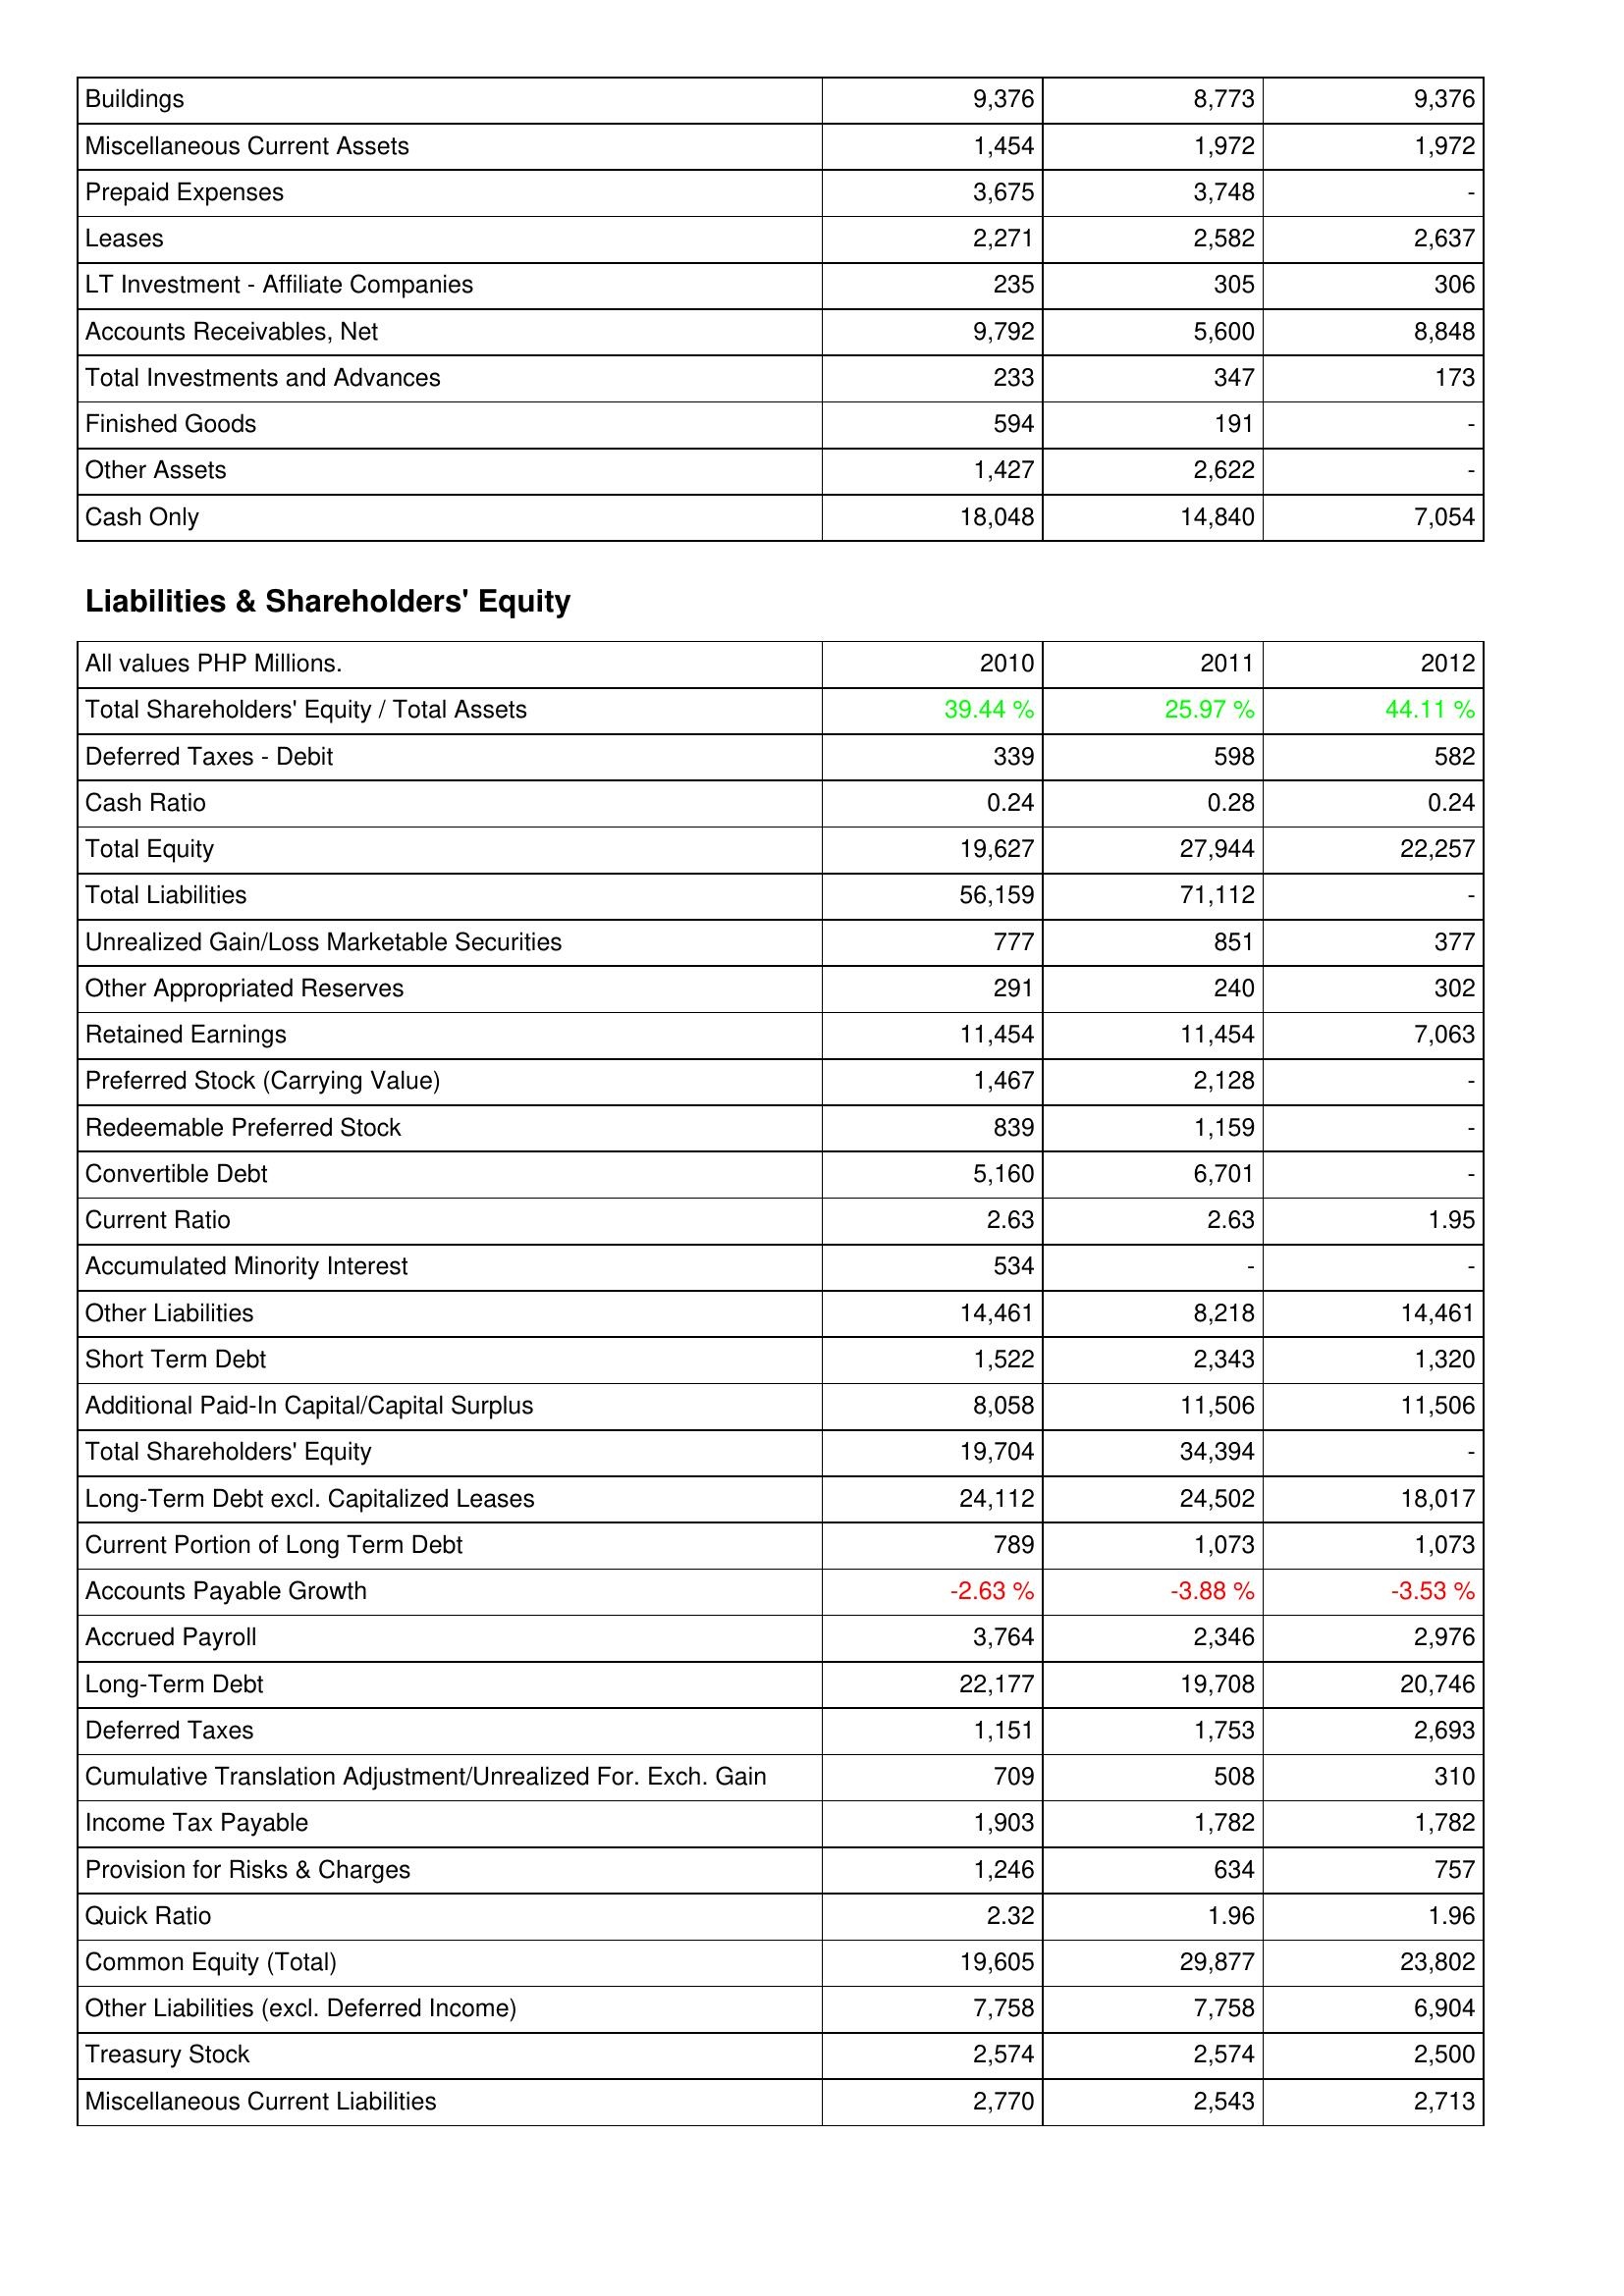
2010: Assets: Buildings: 9,376
Miscellaneous Current Assets: 1,454
Prepaid Expenses: 3,675
Leases: 2,271
LT Investment - Affiliate Companies: 235
Accounts Receivables, Net: 9,792
Total Investments and Advances: 233
Finished Goods: 594
Other Assets: 1,427
Cash Only: 18,048
Liabilities & Shareholders' Equity: Total Shareholders' Equity / Total Assets: 39.44 %
Deferred Taxes - Debit: 339
Cash Ratio: 0.24
Total Equity: 19,627
Total Liabilities: 56,159
Unrealized Gain/Loss Marketable Securities: 777
Other Appropriated Reserves: 291
Retained Earnings: 11,454
Preferred Stock (Carrying Value): 1,467
Redeemable Preferred Stock: 839
Convertible Debt: 5,160
Current Ratio: 2.63
Accumulated Minority Interest: 534
Other Liabilities: 14,461
Short Term Debt: 1,522
Additional Paid-In Capital/Capital Surplus: 8,058
Total Shareholders' Equity: 19,704
Long-Term Debt excl. Capitalized Leases: 24,112
Current Portion of Long Term Debt: 789
Accounts Payable Growth: -2.63 %
Accrued Payroll: 3,764
Long-Term Debt: 22,177
Deferred Taxes: 1,151
Cumulative Translation Adjustment/Unrealized For. Exch. Gain: 709
Income Tax Payable: 1,903
Provision for Risks & Charges: 1,246
Quick Ratio: 2.32
Common Equity (Total): 19,605
Other Liabilities (excl. Deferred Income): 7,758
Treasury Stock: 2,574
Miscellaneous Current Liabilities: 2,770
2011: Assets: Buildings: 8,773
Miscellaneous Current Assets: 1,972
Prepaid Expenses: 3,748
Leases: 2,582
LT Investment - Affiliate Companies: 305
Accounts Receivables, Net: 5,600
Total Investments and Advances: 347
Finished Goods: 191
Other Assets: 2,622
Cash Only: 14,840
Liabilities & Shareholders' Equity: Total Shareholders' Equity / Total Assets: 25.97 %
Deferred Taxes - Debit: 598
Cash Ratio: 0.28
Total Equity: 27,944
Total Liabilities: 71,112
Unrealized Gain/Loss Marketable Securities: 851
Other Appropriated Reserves: 240
Retained Earnings: 11,454
Preferred Stock (Carrying Value): 2,128
Redeemable Preferred Stock: 1,159
Convertible Debt: 6,701
Current Ratio: 2.63
Accumulated Minority Interest: -
Other Liabilities: 8,218
Short Term Debt: 2,343
Additional Paid-In Capital/Capital Surplus: 11,506
Total Shareholders' Equity: 34,394
Long-Term Debt excl. Capitalized Leases: 24,502
Current Portion of Long Term Debt: 1,073
Accounts Payable Growth: -3.88 %
Accrued Payroll: 2,346
Long-Term Debt: 19,708
Deferred Taxes: 1,753
Cumulative Translation Adjustment/Unrealized For. Exch. Gain: 508
Income Tax Payable: 1,782
Provision for Risks & Charges: 634
Quick Ratio: 1.96
Common Equity (Total): 29,877
Other Liabilities (excl. Deferred Income): 7,758
Treasury Stock: 2,574
Miscellaneous Current Liabilities: 2,543
2012: Assets: Buildings: 9,376
Miscellaneous Current Assets: 1,972
Prepaid Expenses: -
Leases: 2,637
LT Investment - Affiliate Companies: 306
Accounts Receivables, Net: 8,848
Total Investments and Advances: 173
Finished Goods: -
Other Assets: -
Cash Only: 7,054
Liabilities & Shareholders' Equity: Total Shareholders' Equity / Total Assets: 44.11 %
Deferred Taxes - Debit: 582
Cash Ratio: 0.24
Total Equity: 22,257
Total Liabilities: -
Unrealized Gain/Loss Marketable Securities: 377
Other Appropriated Reserves: 302
Retained Earnings: 7,063
Preferred Stock (Carrying Value): -
Redeemable Preferred Stock: -
Convertible Debt: -
Current Ratio: 1.95
Accumulated Minority Interest: -
Other Liabilities: 14,461
Short Term Debt: 1,320
Additional Paid-In Capital/Capital Surplus: 11,506
Total Shareholders' Equity: -
Long-Term Debt excl. Capitalized Leases: 18,017
Current Portion of Long Term Debt: 1,073
Accounts Payable Growth: -3.53 %
Accrued Payroll: 2,976
Long-Term Debt: 20,746
Deferred Taxes: 2,693
Cumulative Translation Adjustment/Unrealized For. Exch. Gain: 310
Income Tax Payable: 1,782
Provision for Risks & Charges: 757
Quick Ratio: 1.96
Common Equity (Total): 23,802
Other Liabilities (excl. Deferred Income): 6,904
Treasury Stock: 2,500
Miscellaneous Current Liabilities: 2,713